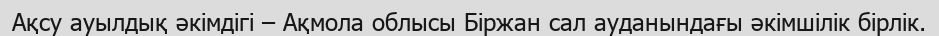
Ақсу ауылдық әкімдігі – Ақмола облысы Біржан сал ауданындағы әкімшілік бірлік.